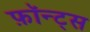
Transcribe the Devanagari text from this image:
फ़ॉन्ट्‍स